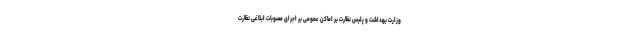
وزارت بهداشت و پلیس نظارت بر اماکن عمومی بر اجرای مصوبات ابلاغی نظارت